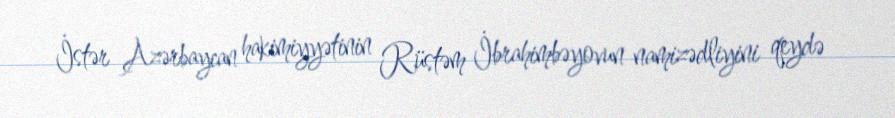
İstər Azərbaycan hakimiyyətinin Rüstəm İbrahimbəyovun namizədliyini qeydə